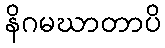
နိဂမဃာတာပိ